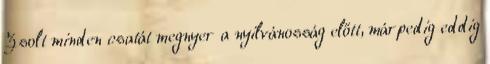
Zsolt minden csatát megnyer a nyilvánosság előtt, márpedig eddig